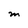
Character: M